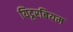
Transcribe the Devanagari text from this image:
यिट्टरबियम